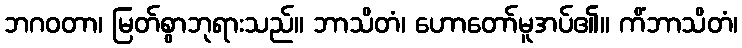
ဘဂဝတာ၊ မြတ်စွာဘုရားသည်။ ဘာသိတံ၊ ဟောတော်မူအပ်၏။ ကိံဘာသိတံ၊